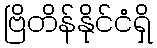
ဗြိတိန်နိုင်ငံရှိ